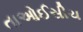
તાઓઈસીચ